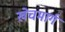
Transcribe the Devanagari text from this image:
खेचमार्ग